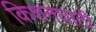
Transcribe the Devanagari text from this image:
किशनघाटी